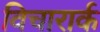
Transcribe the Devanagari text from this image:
विचारार्क